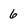
Character: 6